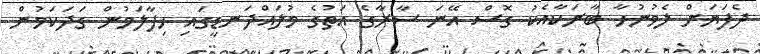
ދެފަޔަށް ލެވުނުހާ ބާރަކާއެކު ގޮސް އޭނަ ސާރާގެ އަތުގެ މުލައްދަނޑީގައި ހިފާލަމުން ގަދަކަމުން